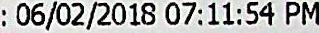
: 06/02/2018 07:11:54 PM